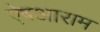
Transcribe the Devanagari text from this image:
ऐषआराम